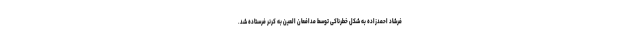
فرشاد احمدزاده به شکل خطرناکی توسط مدافعان العین به کرنر فرستاده شد.